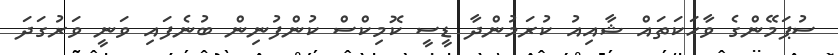
ސުޕަމޭންގެ ވާހަކަތައް ޝާއިއު ކުރަމުންދާ ޑީސީ ކޮމިކްސް ކުންފުނިން ބުނެފައި ވަނީ ވަރުގަދަ